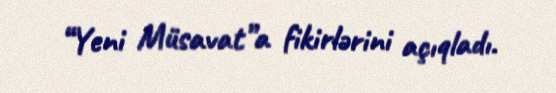
“Yeni Müsavat”a fikirlərini açıqladı.